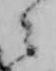
々